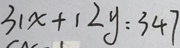
3 1 x + 1 2 y = 3 4 7